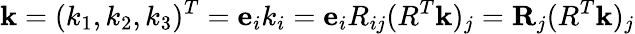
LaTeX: {\mathbf k}=(k_{1},k_{2},k_{3})^{T}={\mathbf e}_{i}k_{i}={\mathbf e}_{i}R_{ij}(R^{T}{\mathbf k})_{j}={\mathbf R}_{j}(R^{T}{\mathbf k})_{j}